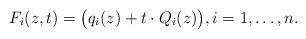
LaTeX: \begin{align*}F_i(z,t)=\bigl(q_i(z)+t\cdot Q_i(z)\bigr),i=1,\ldots,n.\end{align*}